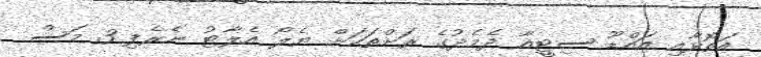
އަތޮޅާއި އައްޑޫ ސިޓީއާ ދެމެދުގެ ރަށްތަކަށް ޔެލޯ އެލާޓު ނެރެފި 3 މަސް